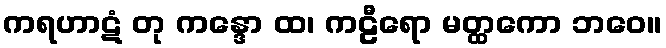
ကရဟာဋံ တု ကန္ဒော ထ၊ ကဠီရော မတ္ထကော ဘဝေ။